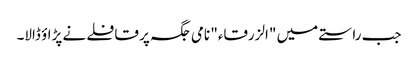
جب راستے میں "الزرقاء" نامی جگہ پر قافلے نے پڑاؤ ڈالا۔